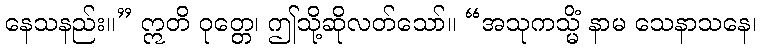
နေသနည်း။” ဣတိ ဝုတ္တေ၊ ဤသို့ဆိုလတ်သော်။ “အသုကသ္မိံ နာမ သေနာသနေ၊